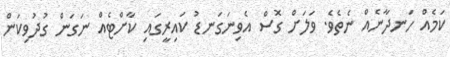
ކަމެއް ހަނދާނެއް ނެތެވެ. ވަލަށް ގޮސް އެވިނަގަނޑު ކައިރީގައި ކާށްޓެއް ނަގަން ގުދުވިކަން